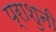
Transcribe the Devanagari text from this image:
प्राशुनी